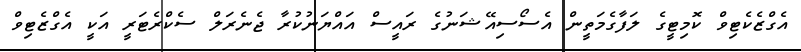
އެގްޒެކެޓިވް ކޮމިޓީގެ ލަފާގެމަތީން އެސޯސިއޭޝަނުގެ ރައީސް އައްޔަނުކުރާ ޖެނެރަލް ސެކްރެޓަރީ އަކީ އެގްޒެޓިވް